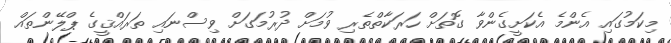
މިކަމުގައި އެންމެ އެކަށީގެންވާ ގޮތަށް ހަރަކާތްތެރި ވުމަށް ދުރުމަގަށް ވިސްނައި ތަރައްޤީގެ ޕްލޭންތައް